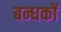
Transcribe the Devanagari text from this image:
बन्धकों